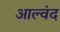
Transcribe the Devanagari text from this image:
आल्वंद